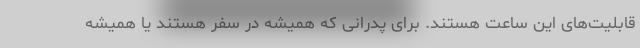
قابلیت‌های این ساعت هستند. برای پدرانی که همیشه در سفر هستند یا همیشه